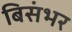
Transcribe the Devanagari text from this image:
बिसंभर